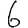
Digit: 6